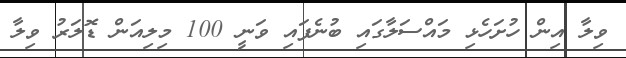
ވިލާ އިން ހުށަހެޅި މައްސަލާގައި ބުނެފައި ވަނީ 100 މިލިއަން ޑޮލަރު ވިލާ